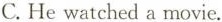
C. He watched a movie.